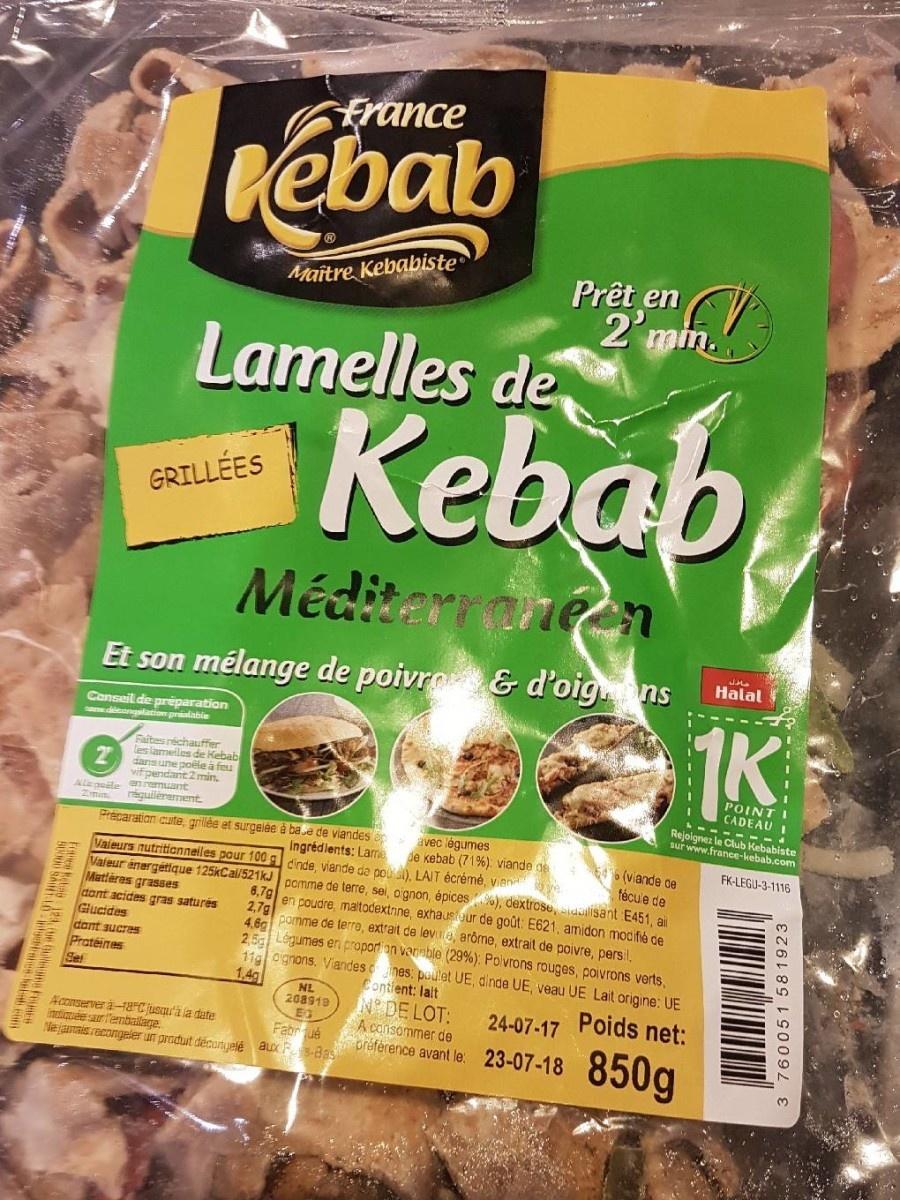
France
Kebab
GRILLÉES
Alapoile en remuant
Lamelles de
Faites réchauffer les lamelles de Kebab dans une poêle à feu vif pendant 2 min.
régulièrement.
dant sucres
Pratéines
Sel
Méditerraneen
Et son mélange de poivro & d'oignons
Conseil de préparation
sans décongstation prilable
Valeurs nutritionnelles pour 100
Valeur énergétique 125kCal/521kJ Matières grasses
dont acides gras saturés Glucides
Pracaration cuite, grillée et surgelée à base de viandes ap
Maitre Kebabiste
6,7g
2,7g
4,6g
2,5g
11
1,4g
Aconserver à-18°C jusqu'à la date
indiquée sur Temballage
Ne jamais recongeler un produit décongelé
Prêt en 2'mm.
Kebab
V
NL 208919 EG aux Fs-Bas Fabriqué
avec légumes
464%
Ingrédients: Lame de kebab (71%): viande de dinde, viande de pou ), LAIT écrémé, vien
(viande de fécule de
pomme de terre, sel, oignon, épices), dextrose, dalisant E451, al en poudre, maltodextrine, exhausteur de goût: E621, amidon modifié de pomme de terre, extrait de levie, arôme, extrait de poivre, persil. Légumes en proportion variable (29%): Poivrons rouges, poivrons verts, oignons. Viandes ones: pallet UE, dinde UE, veau UE Lait origine: UE
Contient: lait
Poids net:
NO DE LOT:
A consommer de préférence avant le:
عادل
24-07-17
23-07-18 850g
Halal
1K
POINT I CADEAU 1
------
Rejoignez le Club Kebabiste sur www.france-kebab.com
FK-LEGU-3-1116
760051 581923